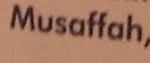
mussaffah